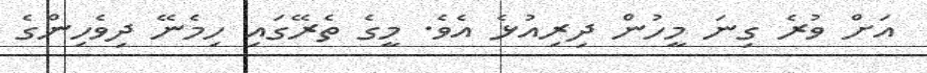
އަށް ވުރެ ގިނަ މީހުން ދިރިއުޅެ އެވެ. މީގެ ތެރޭގައި ހިމެނޭ ދިވެހިންގެ